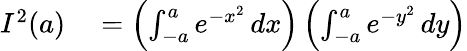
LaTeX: \begin{array}{rl}{I^{2}(a)}&{{}=\left(\int_{-a}^{a}e^{-x^{2}}\, dx\right)\left(\int_{-a}^{a}e^{-y^{2}}\, dy\right)}\end{array}